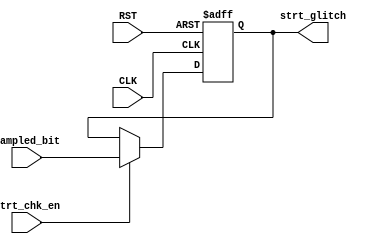
`timescale 1ns / 1ps
//////////////////////////////////////////////////////////////////////////////////
// Company: 
// Engineer: 
// 
// Design Name: 
// Module Name: STRT_CHECK (UART-RX)
// Project Name: LowPowerMultiClockDigtialCommuSys
// Target Devices: 
// Tool Versions: 
// Description: 
// 
// Dependencies: 
// 
// Revision:
// Revision 0.01 - File Created
// Additional Comments:
// 
//////////////////////////////////////////////////////////////////////////////////
module STRT_CHECK(
    input   wire  CLK,
    input   wire  RST,
    input   wire  sampled_bit,
    input   wire  strt_chk_en,
    output  reg   strt_glitch
    );


    always @(posedge CLK, negedge RST)
    begin
        if(~RST)
            strt_glitch <= 1'b0;
        else if(strt_chk_en)
            strt_glitch <= (sampled_bit == 1'b1);
        else
            strt_glitch <= strt_glitch;
    end


endmodule